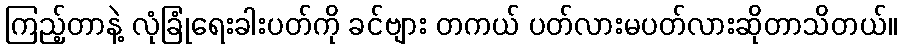
ကြည့်တာနဲ့ လုံခြုံရေးခါးပတ်ကို ခင်ဗျား တကယ် ပတ်လားမပတ်လားဆိုတာသိတယ်။